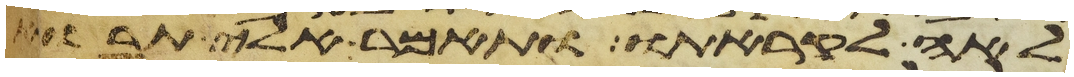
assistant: לאה לקראתו ותאמר אלי תבוא